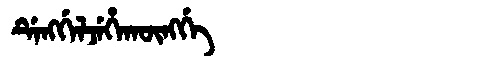
Manchu: ᡩᡝᠩᡤᡝᠯᠵᡝᡥᠠᡴᡡᠩᡤᡝ
Romanization: DENGGELJEHAKŪNGGE